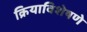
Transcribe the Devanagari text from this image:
क्रियाविशेषणे